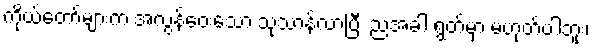
ကိုယ်တော်များက အလွန်ဝေးသော သုသာန်လာပြီး ညအခါ ရွတ်မှာ မဟုတ်ပါဘူး၊